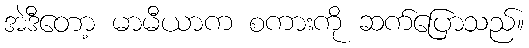
အဲဒီတော့ မာမီယာက စကားကို ဆက်ပြောသည်။